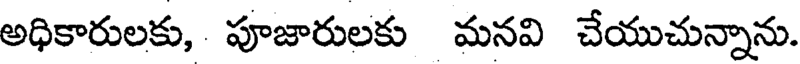
అధికారులకు, పూజారులకు మనవి చేయుచున్నాను.